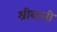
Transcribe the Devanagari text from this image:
श्रीवानी